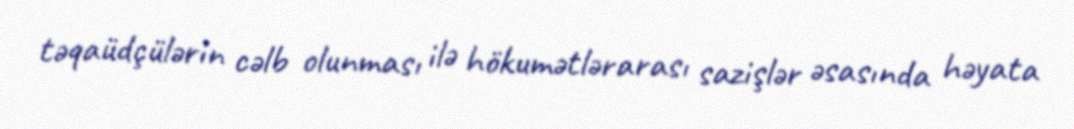
təqaüdçülərin cəlb olunması ilə hökumətlərarası sazişlər əsasında həyata